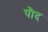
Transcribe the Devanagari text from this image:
पौद